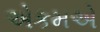
એકમએ